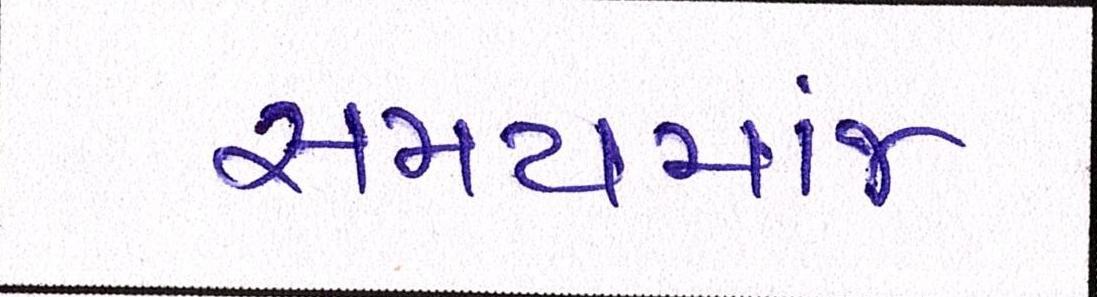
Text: સમયમાંજ